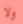
ولا